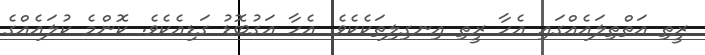
ރީތި އަތްތިލައެއްގައި އެހާ ރީތި އިނގިލިތަކެކެވެ. އެހާ އަގުބޮޑު ގަޑިއެކެވެ. ކޮންމެ ކުލައެއްގެ